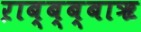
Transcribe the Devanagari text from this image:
ऱाब्ब्ब्बाॠ